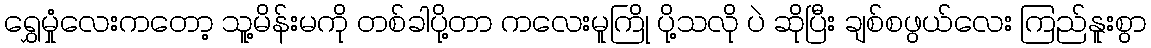
ရွှေမှုံလေးကတော့ သူ့မိန်းမကို တစ်ခါပို့တာ ကလေးမူကြို ပို့သလို ပဲ ဆိုပြီး ချစ်စဖွယ်လေး ကြည်နူးစွာ